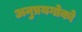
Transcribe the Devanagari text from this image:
अनुप्रयगोको